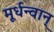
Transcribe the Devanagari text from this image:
मूर्धन्वान्‌